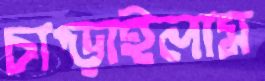
চাপ্‌ড়াইলাম